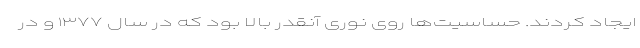
ایجاد کردند. حساسیت‌ها روی نوری آنقدر بالا بود که در سال ۱۳۷۷ و در